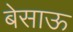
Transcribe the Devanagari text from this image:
बेसाऊ